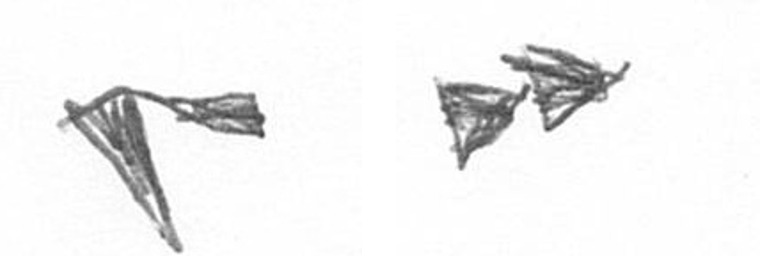
F A